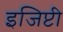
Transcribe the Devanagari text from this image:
इजिप्टी